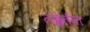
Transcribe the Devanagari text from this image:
तब्बेतीत